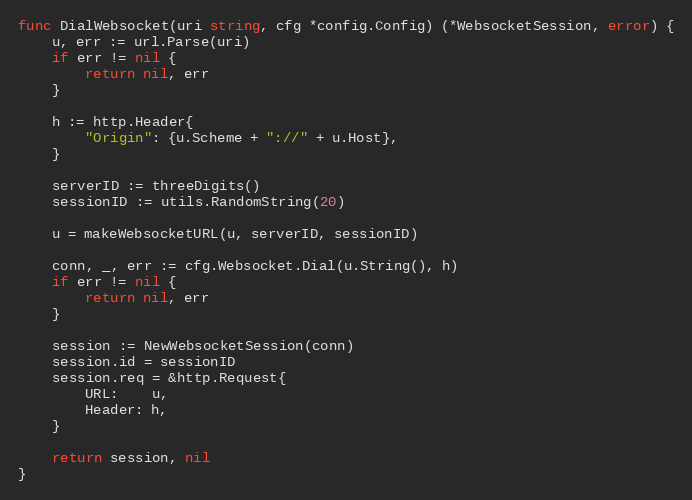
Language: Go
func DialWebsocket(uri string, cfg *config.Config) (*WebsocketSession, error) {
	u, err := url.Parse(uri)
	if err != nil {
		return nil, err
	}

	h := http.Header{
		"Origin": {u.Scheme + "://" + u.Host},
	}

	serverID := threeDigits()
	sessionID := utils.RandomString(20)

	u = makeWebsocketURL(u, serverID, sessionID)

	conn, _, err := cfg.Websocket.Dial(u.String(), h)
	if err != nil {
		return nil, err
	}

	session := NewWebsocketSession(conn)
	session.id = sessionID
	session.req = &http.Request{
		URL:    u,
		Header: h,
	}

	return session, nil
}